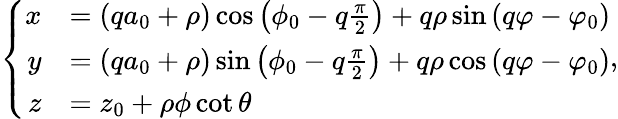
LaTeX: \left\{ \begin{array}{rl}{x}&{=(qa_{0}+\rho)\cos\left(\phi_{0}-q\frac{\pi}{2}\right)+q\rho\sin\left(q\varphi-\varphi_{0}\right)}\\ {y}&{=(qa_{0}+\rho)\sin\left(\phi_{0}-q\frac{\pi}{2}\right)+q\rho\cos\left(q\varphi-\varphi_{0}\right)}\\ {z}&{=z_{0}+\rho\phi\cot{\theta}}\end{array}\right.,